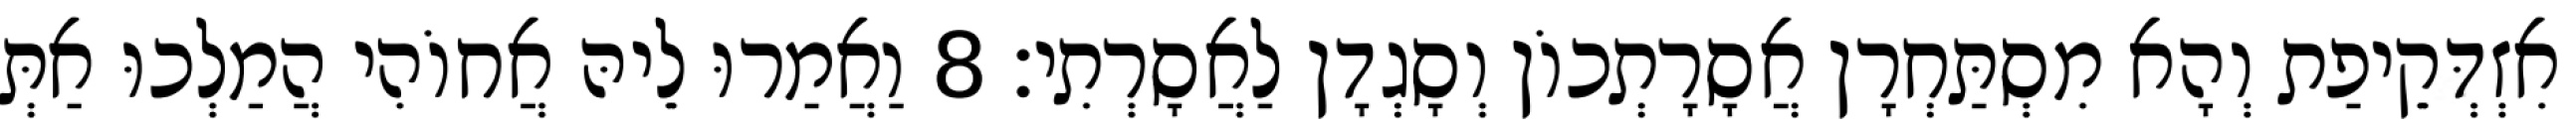
אִזְדְּקֵיפַת וְהָא מִסְתַּחְרָן אֲסָרָתְכוֹן וְסָגְדָן לַאֲסָרְתִי׃ 8 וַאֲמַרוּ לֵיהּ אֲחוֹהִי הֲמַלְכוּ אַתְּ